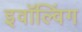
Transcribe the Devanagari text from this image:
इवॉल्विंग